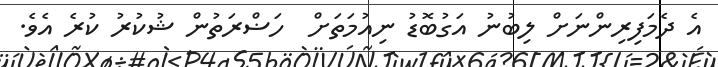
އެ ދެމަފިރިންނަށް ލިބުނު އަގުބޮޑު ނިއުމަތަށް  ހަޟްރަތުން ޝުކުރު ކުރެ އެވެ.